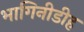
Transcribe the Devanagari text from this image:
भागिनीडीह